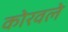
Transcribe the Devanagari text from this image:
कोरवले